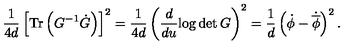
\frac { 1 } { 4 d } \left[ \mathrm { T r } \left( G ^ { - 1 } \dot { G } \right) \right] ^ { 2 } = \frac { 1 } { 4 d } \left( \frac { d } { d u } { \log \det G } \right) ^ { 2 } = \frac { 1 } { d } \left( \dot { \phi } - \dot { \overline { { \phi } } } \right) ^ { 2 } .